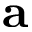
\mathbf { a }